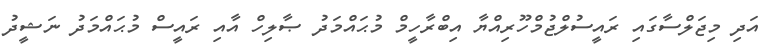
އަދި މިޖަލްސާގައި ރައީސުލްޖުމްހޫރިއްޔާ އިބްރާހީމް މުޙައްމަދު ޞާލިހް އާއި ރައީސް މުޙައްމަދު ނަޝީދު